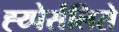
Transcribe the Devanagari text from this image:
ह्य्पेर्सलिसे